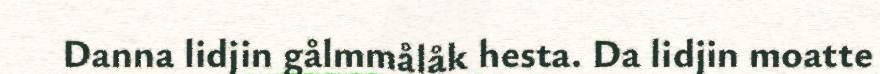
Danna lidjin gålmmålåk hesta. Da lidjin moatte